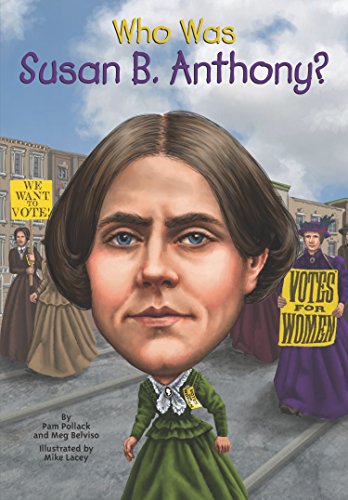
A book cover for Who Was Susan B. Anthony?; Pamela D. Pollack; Children's Books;